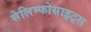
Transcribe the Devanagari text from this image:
सेलिम्फोसाइट्स